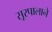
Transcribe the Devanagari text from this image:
सूरपालाने